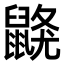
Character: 𪕦